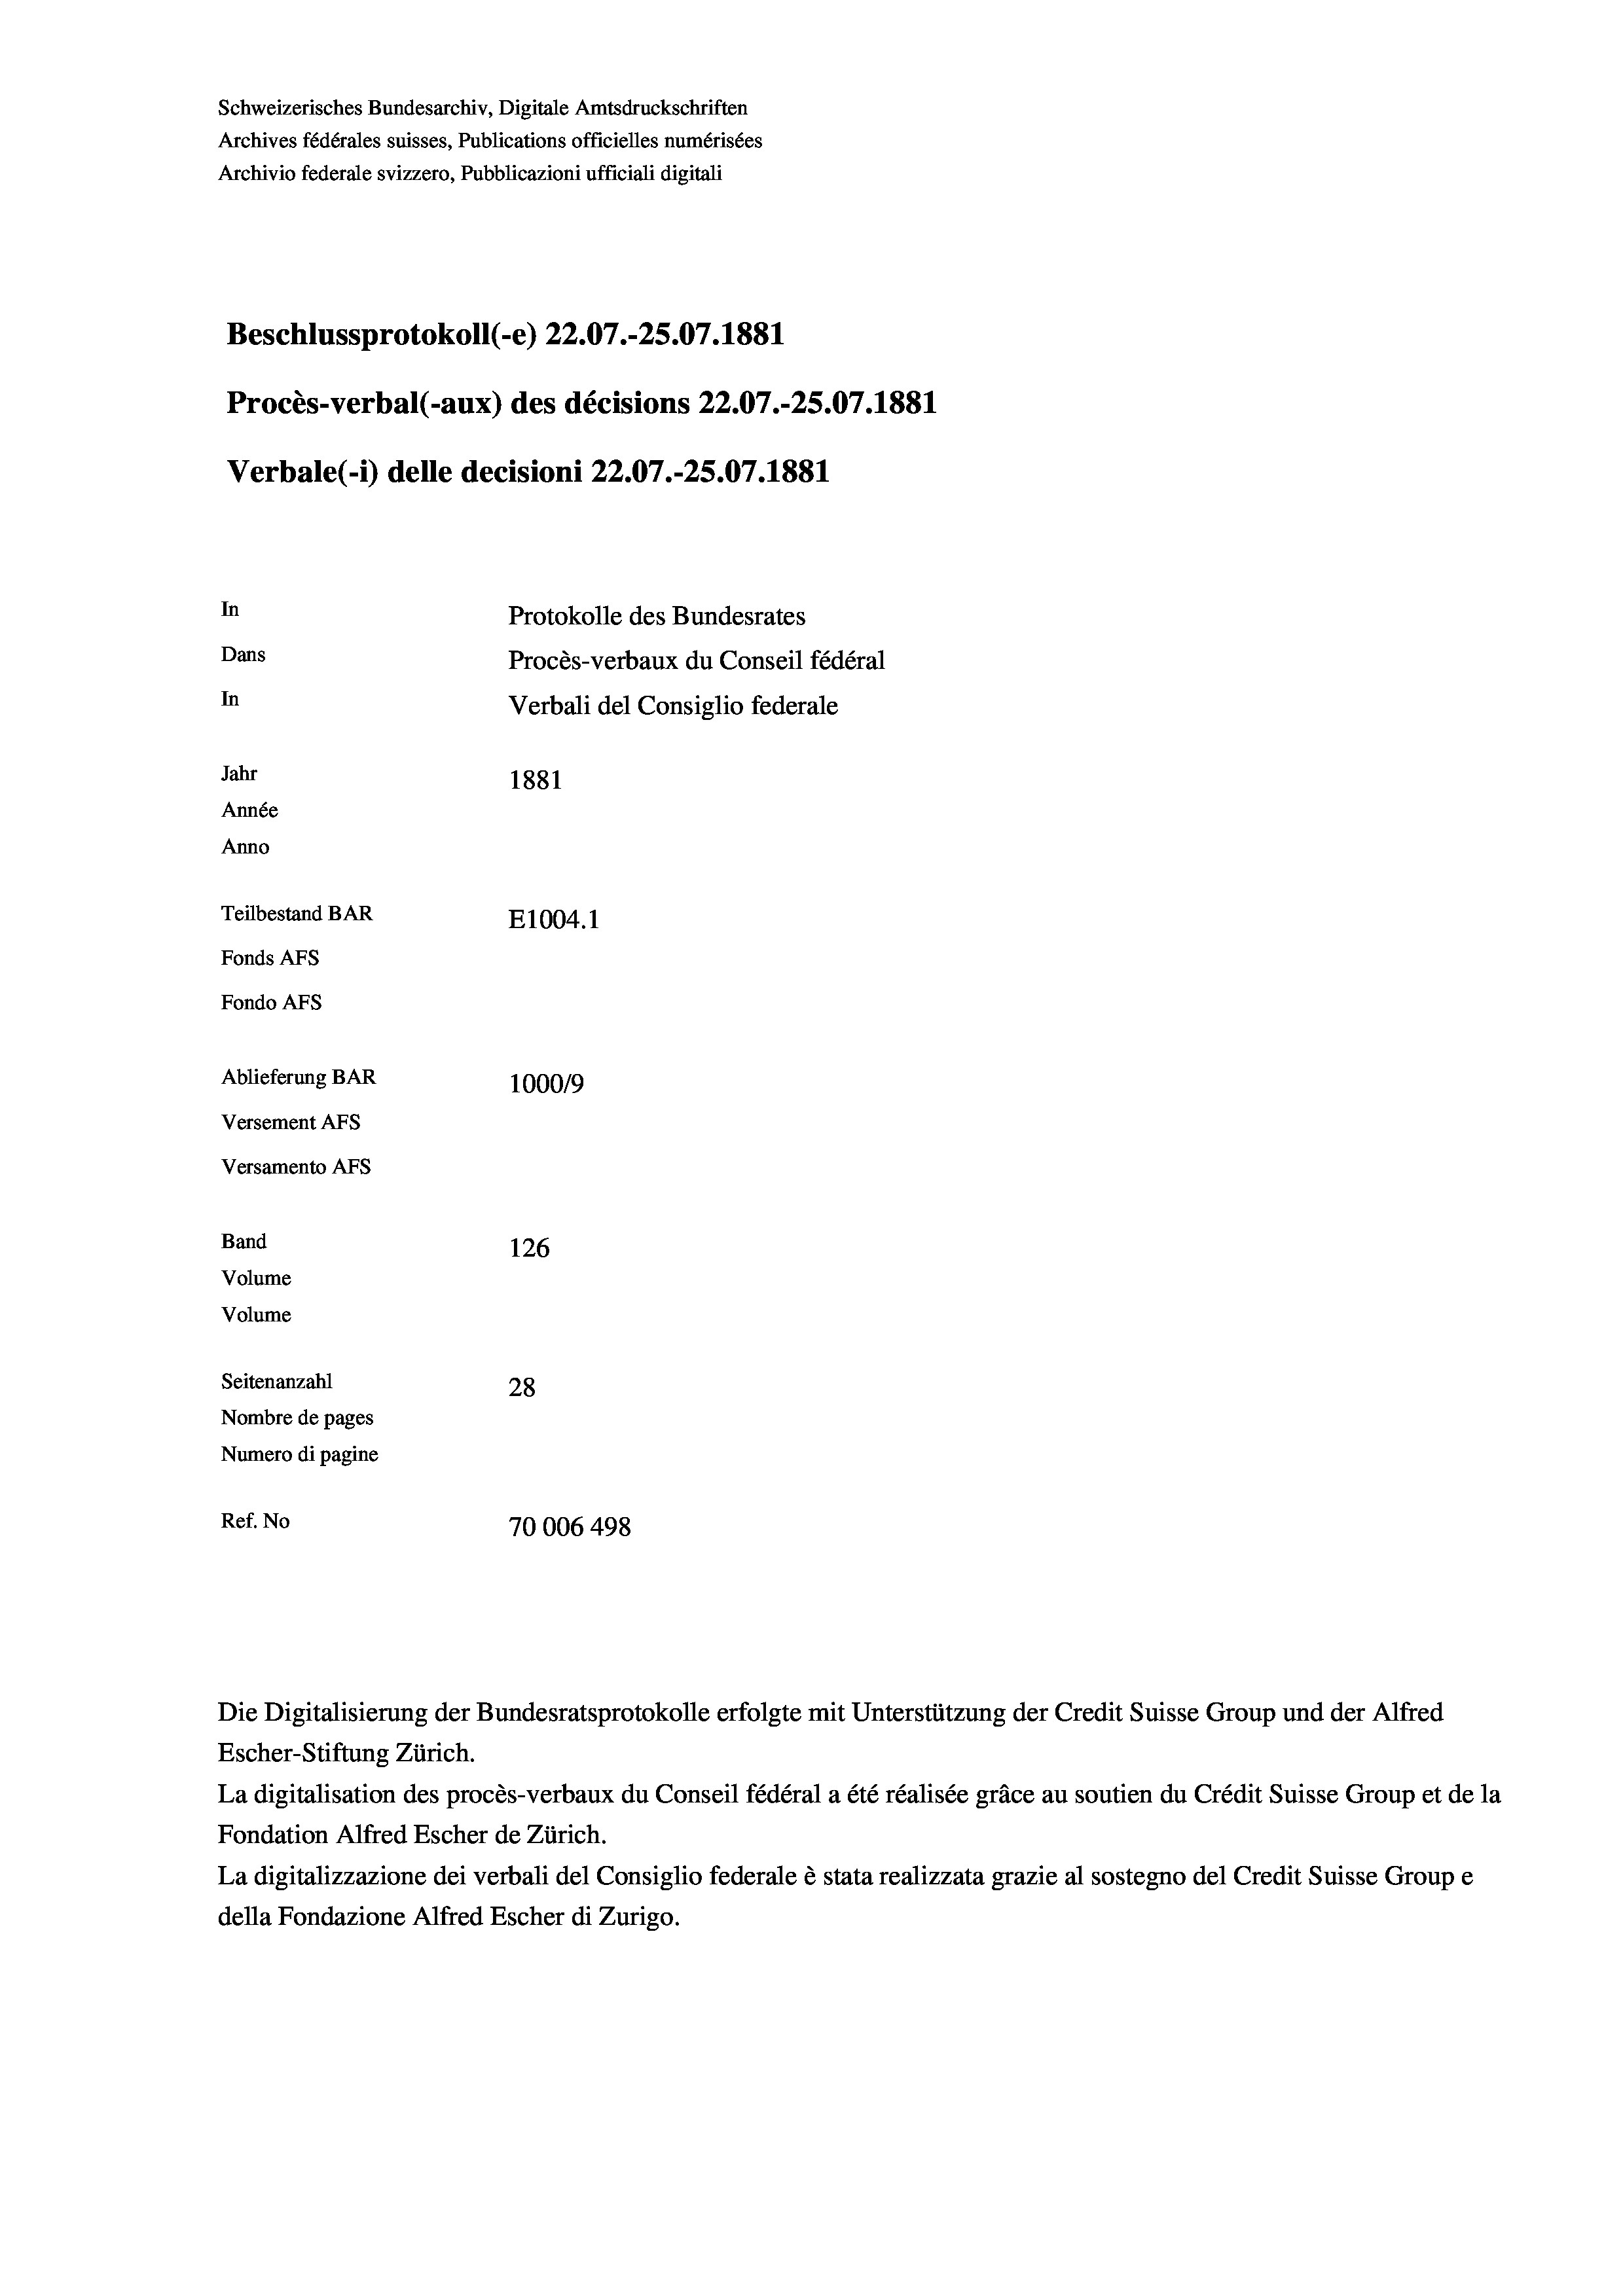
Schweizerisches Bundesarchiv, Digitale Amtsdruckschriften
Archives fédérales suisses, Publications officielles numérisées
Archivio federale svizzero, Pubblicazioni ufficiali digitali
Beschlussprotokoll (-e) 22.07.-25.07. 1881
Procès-verbal (-aux) des décisions 22.07.-25.07.1881
Verbale(-*) delle decisioni 22.07.-25.07. 1881
In
Protokolle des Bundesrates
Dans
Procès-verbaux du Conseil fédéral
In
Verbali del Consiglio federale
Jahr
1881
Année
Anno
Teilbestand BAR
E1004. 1
Fonds AFs
Fondo Afs
Ablieferung BAR
100019
Versement AFs
Versamento Afs
Band
126
Volume
Volume
Seitenanzahl
28
Nombre de pages
Numero di pagine
Ref. No
70006 498

Die Digitalisierung der Bundesratsprotokolle erfolgte mit Unterstützung der Credit Suisse Group und der Alfred
Escher-Stiftung Zürich.
La digitalisation des procès-verbaux du Conseil fédéral a été réalisée gräce au soutien du Crédit Suisse Group et de la
Fondation Alfred Escher de Zürich.
La digitalizzazione dei verbali del Consiglio federale è stata realizzata grazie al sostegno del Credit Suisse Groupe
della Fondazione Alfred Escher di Zurigo.